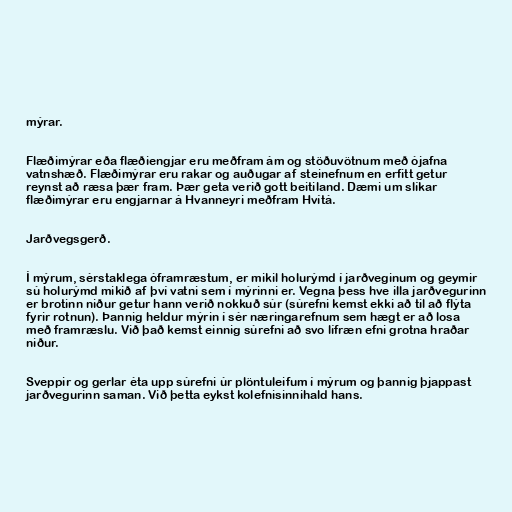
mýrar.

Flæðimýrar eða flæðiengjar eru meðfram ám og stöðuvötnum með ójafna
vatnshæð. Flæðimýrar eru rakar og auðugar af steinefnum en erfitt getur
reynst að ræsa þær fram. Þær geta verið gott beitiland. Dæmi um slíkar
flæðimýrar eru engjarnar á Hvanneyri meðfram Hvítá.

Jarðvegsgerð.

Í mýrum, sérstaklega óframræstum, er mikil holurýmd í jarðveginum og geymir
sú holurýmd mikið af því vatni sem í mýrinni er. Vegna þess hve illa jarðvegurinn
er brotinn niður getur hann verið nokkuð súr (súrefni kemst ekki að til að flýta
fyrir rotnun). Þannig heldur mýrin í sér næringarefnum sem hægt er að losa
með framræslu. Við það kemst einnig súrefni að svo lífræn efni grotna hraðar
niður.

Sveppir og gerlar éta upp súrefni úr plöntuleifum í mýrum og þannig þjappast
jarðvegurinn saman. Við þetta eykst kolefnisinnihald hans.